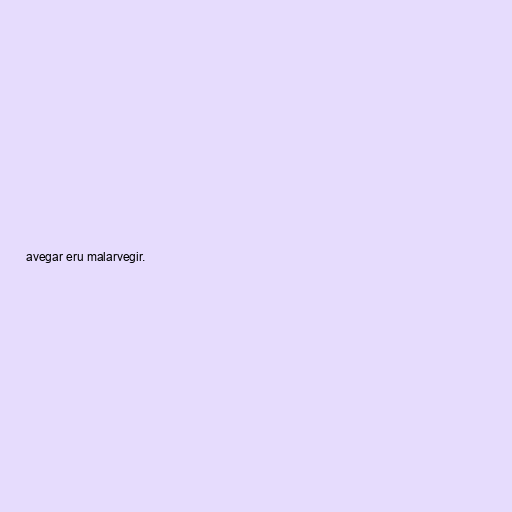
avegar eru malarvegir.